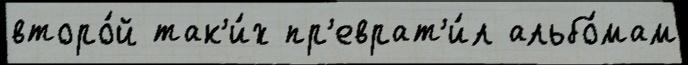
второ́й так'и́х пр'еврат'и́л альбо́мам